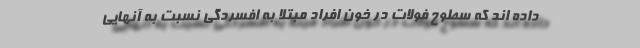
داده اند که سطوح فولات در خون افراد مبتلا به افسردگی نسبت به آنهایی